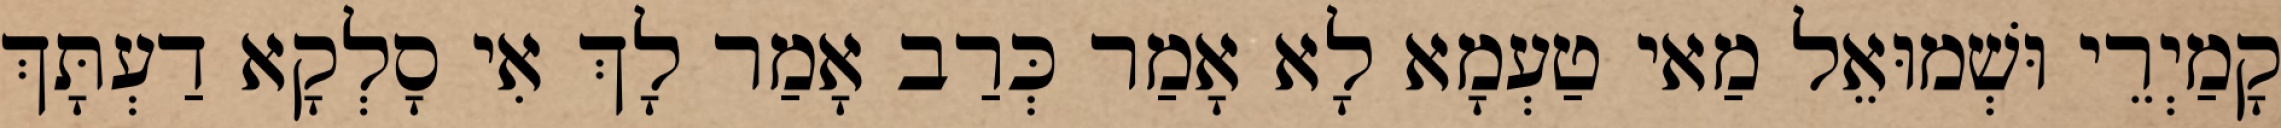
קָמַיְרֵי וּשְׁמוּאֵל מַאי טַעְמָא לָא אָמַר כְּרַב אָמַר לָךְ אִי סָלְקָא דַעְתָּךְ